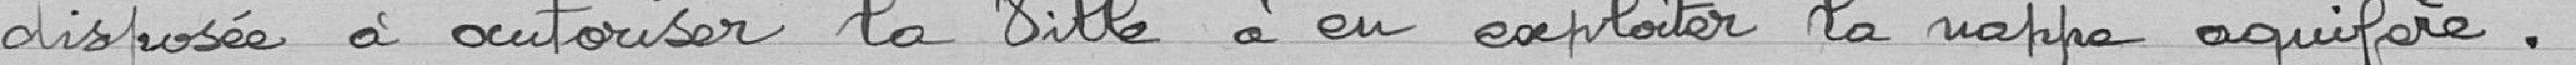
disposée à autoriser la Ville à en exploiter la nappe aquifère.